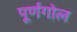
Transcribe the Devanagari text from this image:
पूर्णगोल